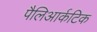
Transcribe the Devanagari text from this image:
पैलिआर्कटिक